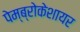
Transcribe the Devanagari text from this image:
पेम्ब्रोकेशायर